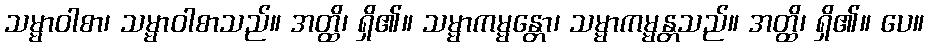
သမ္မာဝါစာ၊ သမ္မာဝါစာသည်။ အတ္ထိ၊ ရှိ၏။ သမ္မာကမ္မန္တော၊ သမ္မာကမ္မန္တသည်။ အတ္ထိ၊ ရှိ၏။ ပေ။